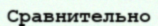
Сравнительно